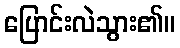
ပြောင်းလဲသွား၏။